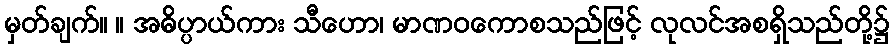
မှတ်ချက်။ ။ အဓိပ္ပာယ်ကား သီဟော၊ မာဏဝကောစသည်ဖြင့် လုလင်အစရှိသည်တို့၌